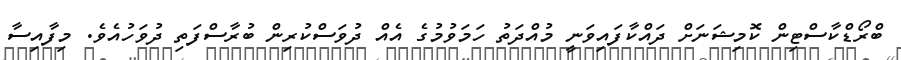
ބްރޯޑްކާސްޓިން ކޮމިޝަނަށް ދައްކާފައިވަނީ މުއްދަތު ހަމަވުމުގެ އެއް ދުވަސްކުރިން ބުރާސްފަތި ދުވަހުއެވެ. މިފާއިސާ